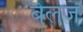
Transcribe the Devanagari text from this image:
बेलज